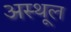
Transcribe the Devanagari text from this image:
अस्थूल